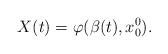
LaTeX: \begin{align*}X(t)=\varphi(\beta(t),x_0^0).\end{align*}